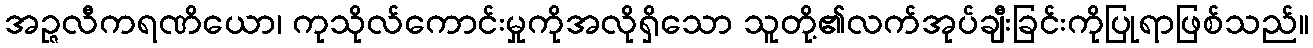
အဉ္ဇလီကရဏိယော၊ ကုသိုလ်ကောင်းမှုကိုအလိုရှိသော သူတို့၏လက်အုပ်ချီးခြင်းကိုပြုရာဖြစ်သည်။